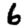
Digit: 6